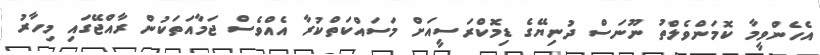
އެހެންވީމާ ކޮމަންވެލްތު ނޫނަސް ދުނިޔޭގެ ޑިމޮކްރަސީއަށް މަސައްކަތްކުރާ އެއްވެސް ޖަމާއަތަކުން ރާއްޖޭގައި މިހާރު